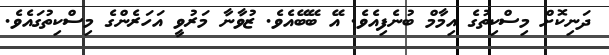
ދަނިކޮށް މިސްކިތުގެ އިމާމް ބުނެފިއެވެ. އޭ ބޭބޭއެވެ. ޒުވާނާ މަރުވީ އަހަރެންގެ މިސްކިތުގައެވެ.